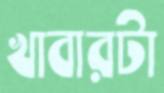
খাবারটা